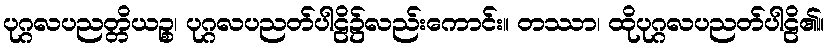
ပုဂ္ဂလပညတ္တိယဉ္စ၊ ပုဂ္ဂလပညတ်ပါဠိ၌လည်းကောင်း။ တဿာ၊ ထိုပုဂ္ဂလပညတ်ပါဠိ၏။